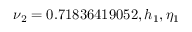
\nu _ { 2 } = 0 . 7 1 8 3 6 4 1 9 0 5 2 , h _ { 1 } , \eta _ { 1 }